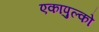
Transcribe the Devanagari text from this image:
एकापुल्को